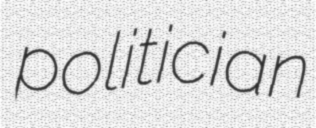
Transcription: politician